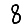
Digit: 8